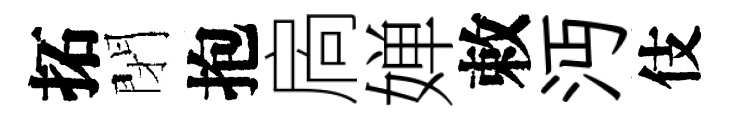
拓閉抱扄婵敕沔伎